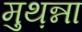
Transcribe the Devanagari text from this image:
मुथ़न्ना